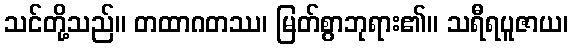
သင်တို့သည်။ တထာဂတဿ၊ မြတ်စွာဘုရား၏။ သရီရပူဇာယ၊